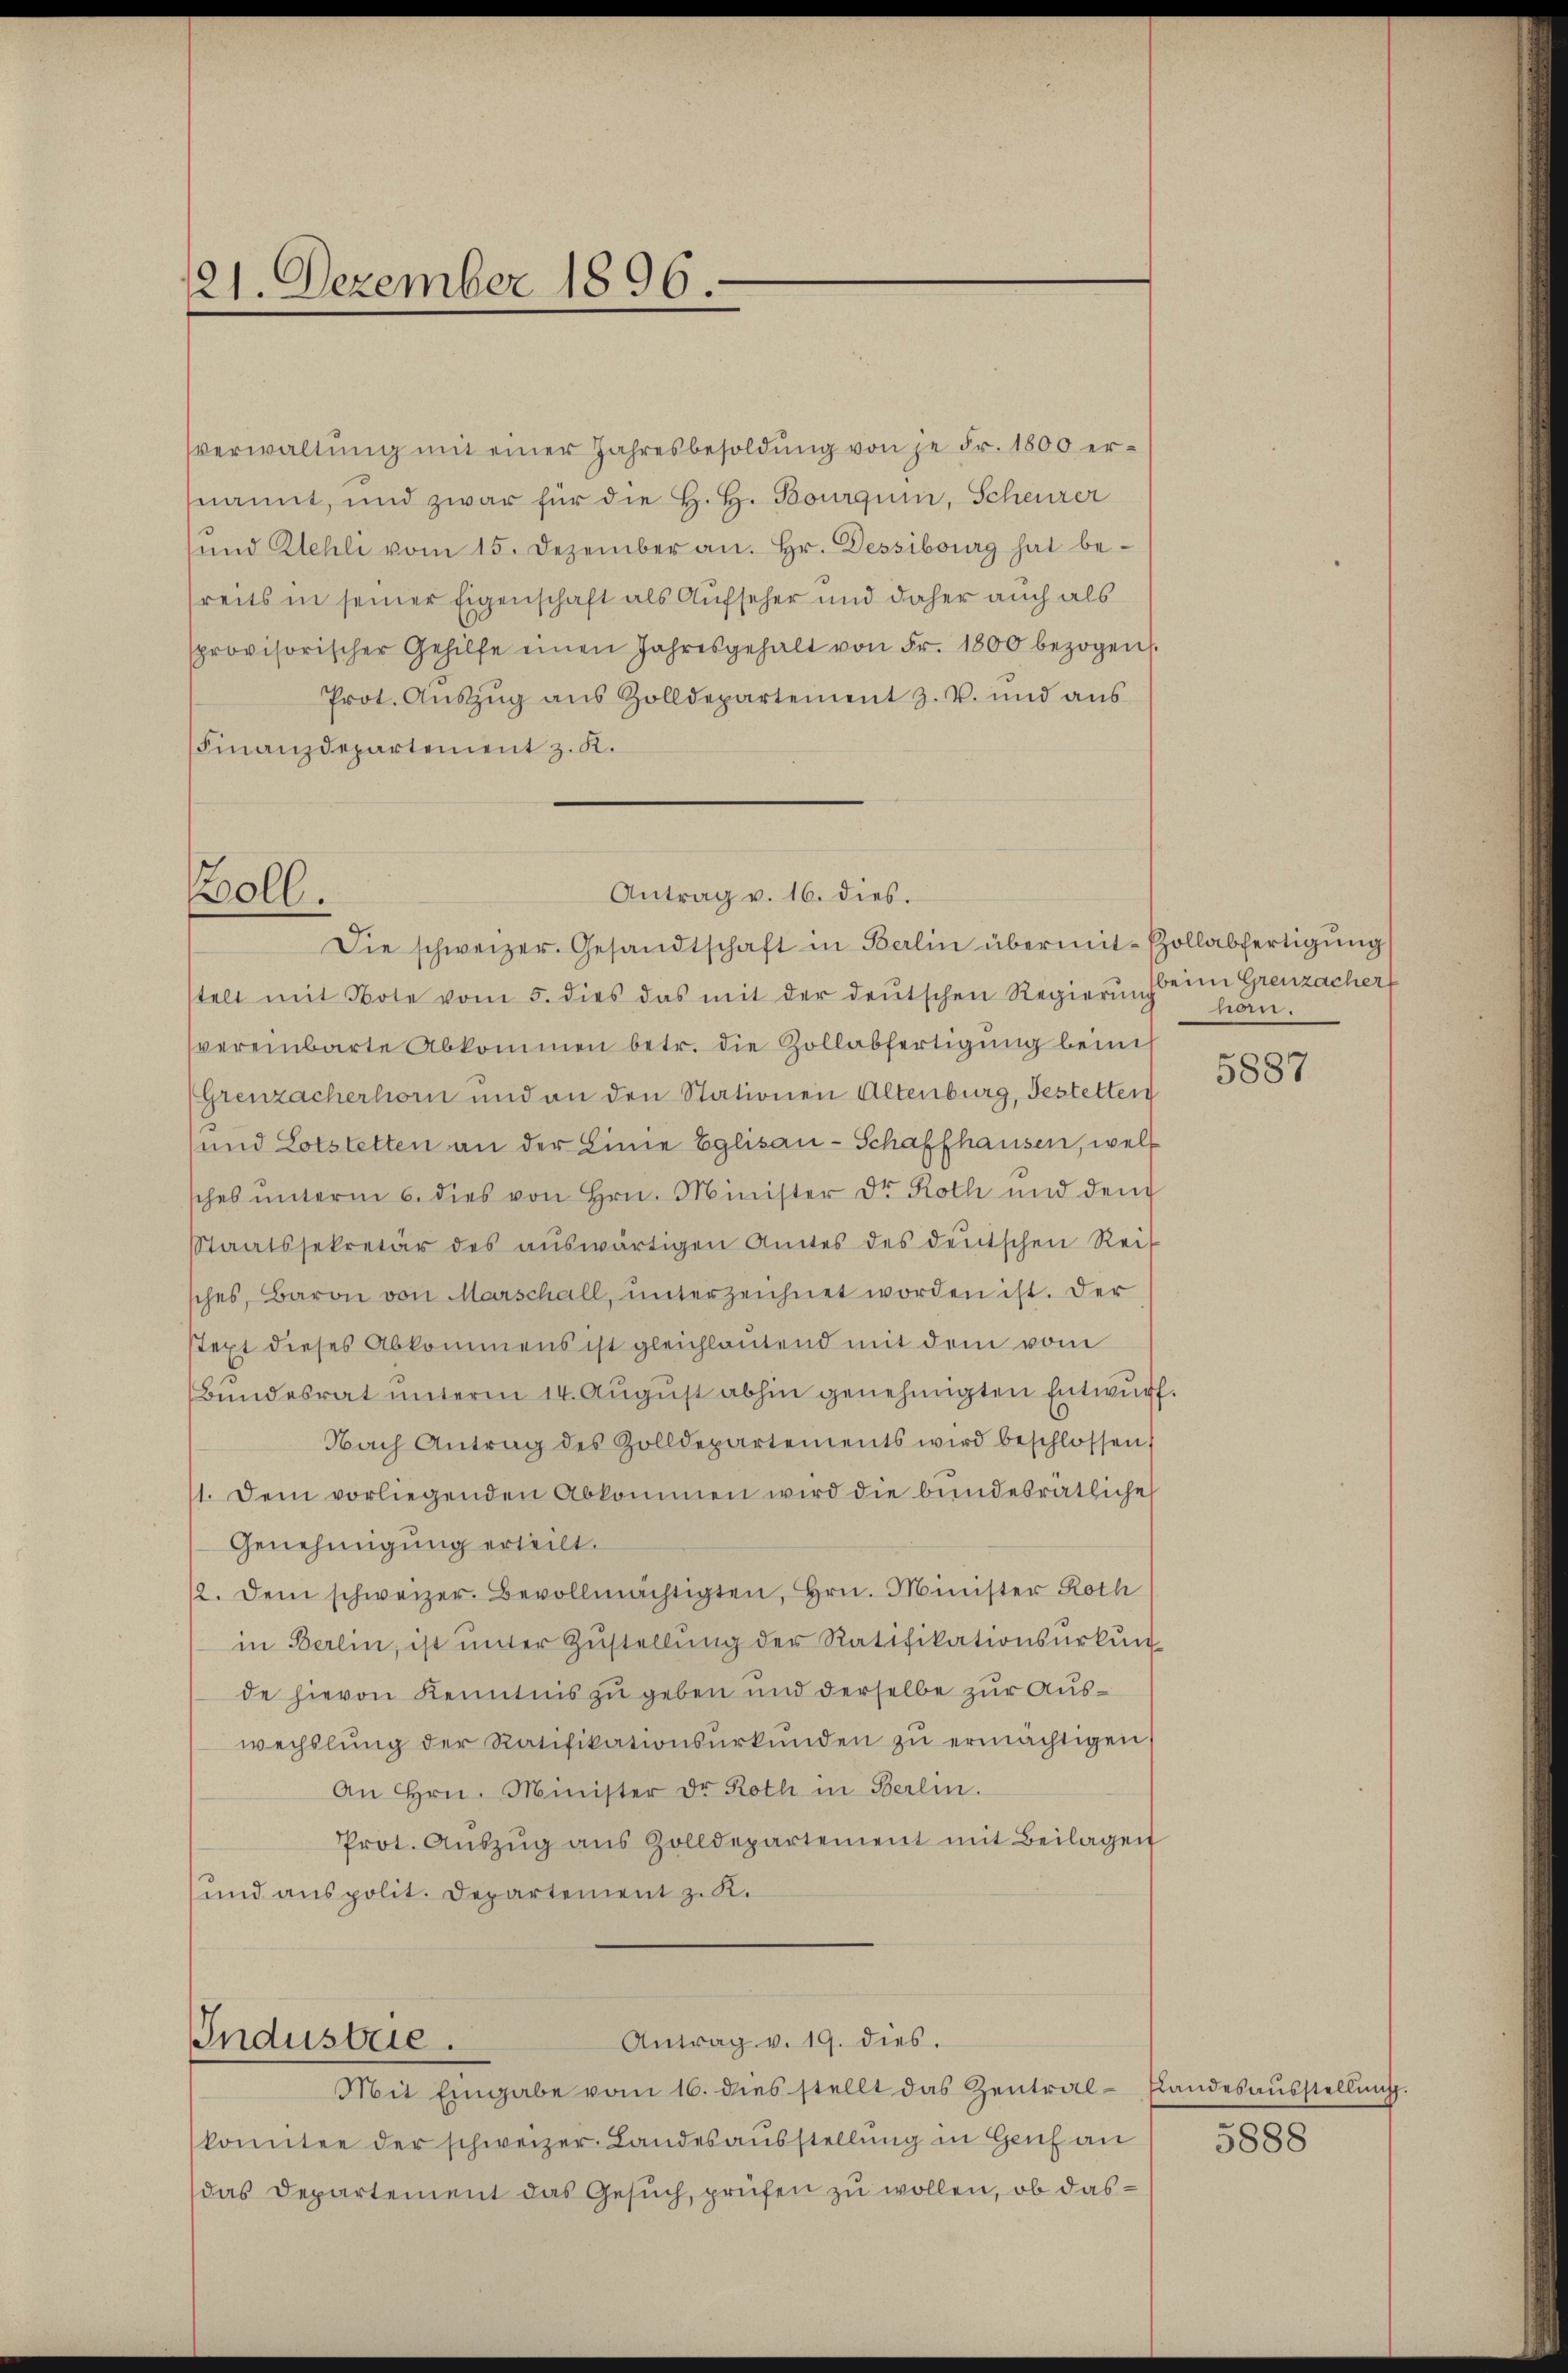
121. Dezember 1896.

verwaltŭng mit einer Jahresbesoldŭng von je Fr. 1800 er-
nannt, und zwar für die H. H. Bourquin, Scheurer
ŭnd Kehli vom 15. Dezember an. Hr. Dessibourg hat bereits in seiner Eigenschaft als Aufseher und daher auch als
sprovisorischer Gehilfe einen Jahresgehalt von Fr. 1800 bezogen
Prot. Aŭszŭg aŭs Zolldepartement z. v. und aŭs
Finanzdepartement z. K.

Antrag v. 16. dies.
Boll.
Die schweizer. Gesandtschaft in Berlin übermit-Pollabfertigŭng

Industrie.

stell mit Bote vom 5. dies das mit der deŭtschen Regierŭng eine Grenzacher
vereinbarte Abkommen betr. die Zollabfertigung beim
(Grenzacherhorn und an den Stationen Altenburg, Gestetten
und Lotstetten an der Linie Eglisau-Schaffhausen, wel
sches unterm 6. dies von Hrn. Minister Dr. Roth und dem
Staatssekretär des aŭswärtigen Amtes des deŭtschen Rei
sches, Baron von Marschall, unterzeichnet worden ist. Der
stext dieses Abkommens ist gleichlautend mit dem vom
Bundesrat unterm 14. August abhin genehmigten Entwurf.
Nach Antrag des Zolldepartements wird beschlossen,
1. Dem vorliegenden Abkommen wird die bundesrätliche
Genehmigung erteilt.
12. dem schweizer. Bevollmächtigten, Hrn. Minister Roth
in Berlin, ist ŭnter Zŭstellŭng der Ratifikationsurkun-
de hievon Kenntnis zu geben und derselbe zur Auswechslung der Ratifikationsŭrkŭnden zŭ ermächtigen
An Hrn. Minister dr Roth in Berlin.
Prot. Aŭszŭg aŭs Zolldepartement mit Beilagen
und aus polit. Departement z. K.

Antrag v. 19. dies.

komitee der schweizer. Landesausstellung in Genf an
das Departement das Gesuch, prüfen zu wollen, ob das¬

Mit Eingabe vom 16. dies stellt das Zentral-Landesaŭsstellŭng.

45.

5887

5888